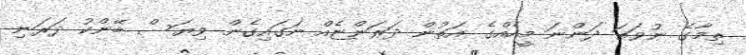
ތިމާގެ ނުވަތަ ދަންނަ މީހެއްގެ އަތުން ދަރަންޏެއް ނަގައިގެން ވިޔަސް ބޭންކު ދަރަނި